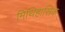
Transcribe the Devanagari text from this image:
मिथिहासिक